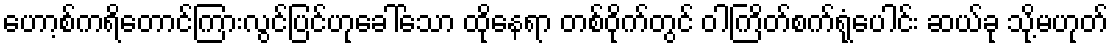
ဟော့စ်ကရိတောင်ကြားလွင်ပြင်ဟုခေါ်သော ထိုနေရာ တစ်ဝိုက်တွင် ဝါကြိတ်စက်ရုံပေါင်း ဆယ်ခု သို့မဟုတ်